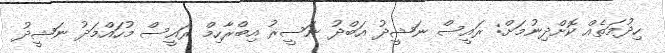
ހިދުމަތެއް ކޮށްދިނުމަށް: ރައީސް ނަޝީދު އަބްދު ނަސީރު އިބްރާހިމް ރައީސް މުހައްމަދު ނަޝީދު